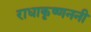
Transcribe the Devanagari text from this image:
राधाकृष्णननी